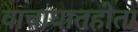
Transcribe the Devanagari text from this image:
वाचाघातहोता